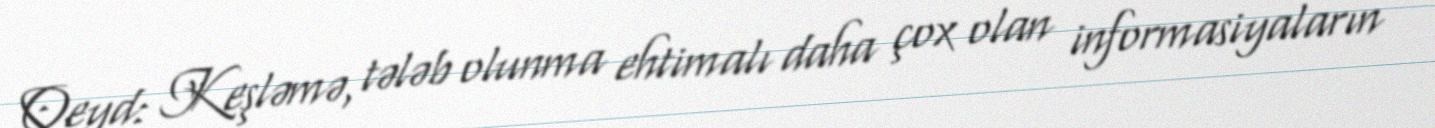
Qeyd: Keşləmə, tələb olunma ehtimalı daha çox olan informasiyaların